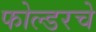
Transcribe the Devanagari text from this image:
फोल्डरचे